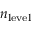
n _ { \mathrm { l e v e l } }